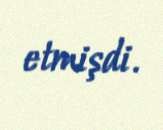
etmişdi.